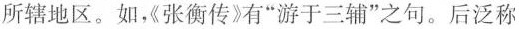
所辖地区。如，《张衡传》有“游于三辅”之句。后泛称